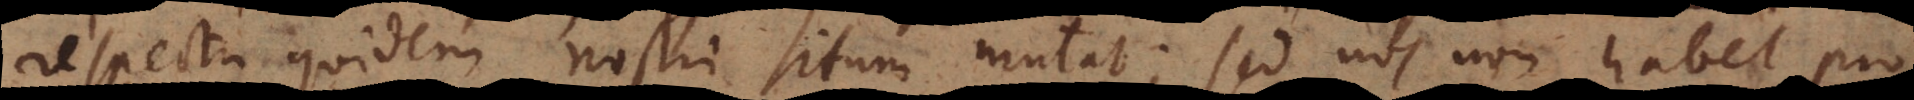
respectu quidem nostri situm mutat; sed nos non habet pro